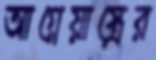
আগ্নেয়াস্ত্রের